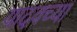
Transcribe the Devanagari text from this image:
यादवच्या